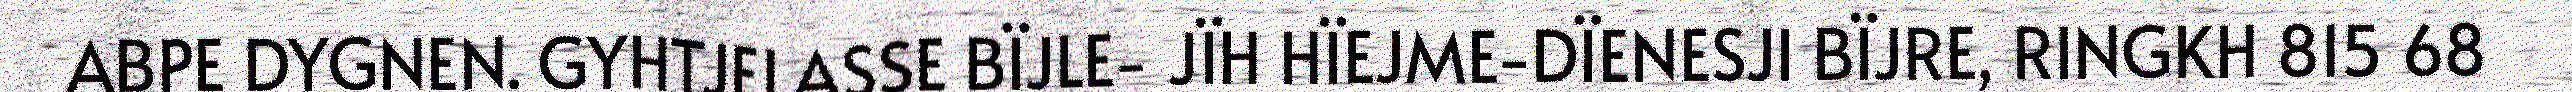
ABPE DYGNEN. GYHTJELASSE BÏJLE- JÏH HÏEJME-DÏENESJI BÏJRE, RINGKH 815 68